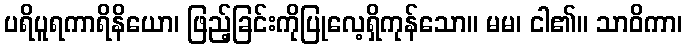
ပရိပူရကာရိနိယော၊ ဖြည့်ခြင်းကိုပြုလေ့ရှိကုန်သော။ မမ၊ ငါ၏။ သာဝိကာ၊